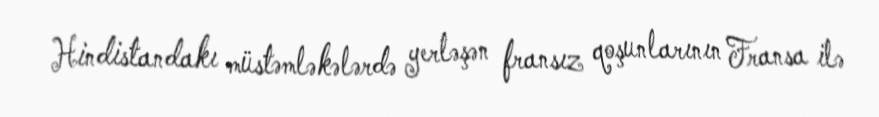
Hindistandakı müstəmləkələrdə yerləşən fransız qoşunlarının Fransa ilə